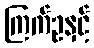
ကြက်ဥနှင့်